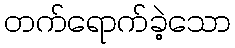
တက်ရောက်ခဲ့သော